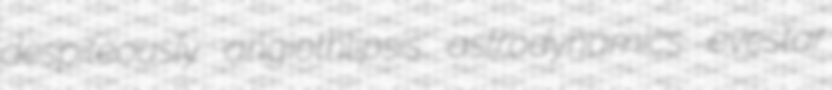
despiteously angiothlipsis astrodynamics evestar